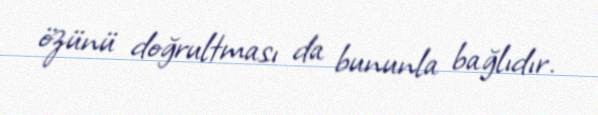
özünü doğrultması da bununla bağlıdır.